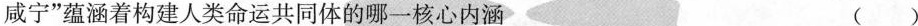
咸宁”蕴涵着构建人类命运共同体的哪一核心内涵 ( )